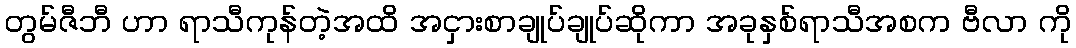
တွမ်ဇီဘီ ဟာ ရာသီကုန်တဲ့အထိ အငှားစာချုပ်ချုပ်ဆိုကာ အခုနှစ်ရာသီအစက ဗီလာ ကို